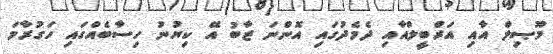
މޫޞިލް އާއި އަރްބީލްއާއި ދެމެދުގައި އޮންނަ ޒާބު އޭ ކިޔުނު ހިސާބެއްގައި ހަގުރާމަ